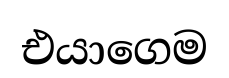
එයාගෙම